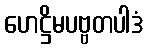
ဟေဋ္ဌိမပဗ္ဗတပါဒံ